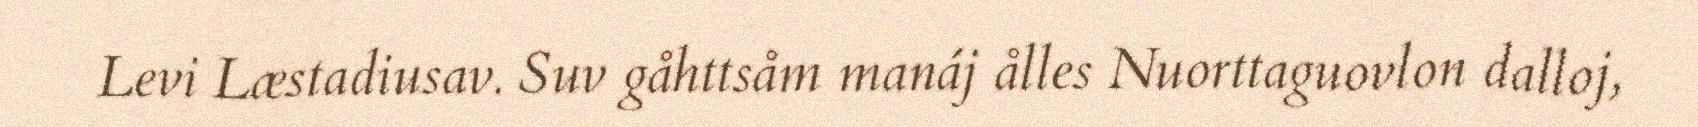
Levi Læstadiusav. Suv gåhttsåm manáj ålles Nuorttaguovlon dalloj,